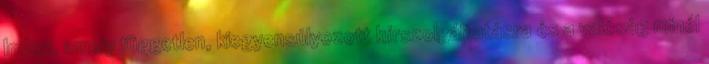
Index, amely független, kiegyensúlyozott hírszolgáltatásra és a valóság minél